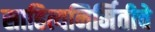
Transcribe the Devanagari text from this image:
साहित्यनिर्मितीचे